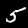
Digit: 5